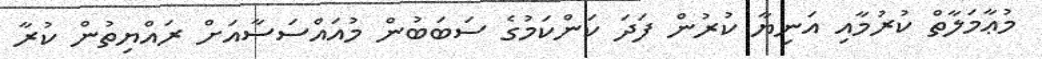
މުޢާމަލާތް ކުރުމާއި އަނިޔާ ކުރުން ފަދަ ކަންކަމުގެ ސަބަބުން މުއައްސަސާއަށް ރައްޔިތުން ކުރާ